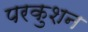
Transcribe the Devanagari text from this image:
परकुशन